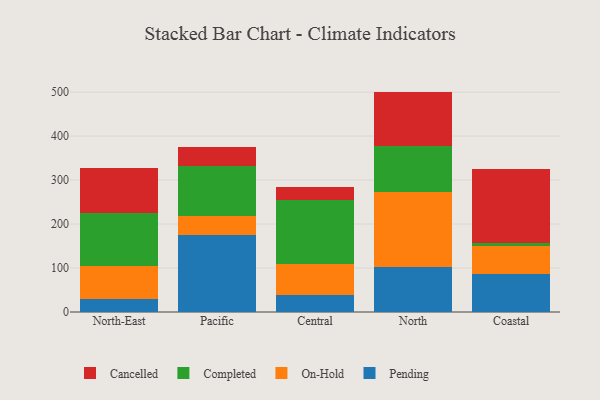
{"axis": {"x": "Region", "y": "Page Views"}, "legend": ["Cancelled", "Completed", "On-Hold", "Pending"], "data": [{"x": "North-East", "y": 28.6, "type": "Pending"}, {"x": "North-East", "y": 76.2, "type": "On-Hold"}, {"x": "North-East", "y": 120.2, "type": "Completed"}, {"x": "North-East", "y": 101.7, "type": "Cancelled"}, {"x": "Pacific", "y": 174.3, "type": "Pending"}, {"x": "Pacific", "y": 42.9, "type": "On-Hold"}, {"x": "Pacific", "y": 114.4, "type": "Completed"}, {"x": "Pacific", "y": 43.8, "type": "Cancelled"}, {"x": "Central", "y": 38.2, "type": "Pending"}, {"x": "Central", "y": 71.1, "type": "On-Hold"}, {"x": "Central", "y": 145.2, "type": "Completed"}, {"x": "Central", "y": 29.7, "type": "Cancelled"}, {"x": "North", "y": 102.0, "type": "Pending"}, {"x": "North", "y": 171.6, "type": "On-Hold"}, {"x": "North", "y": 102.8, "type": "Completed"}, {"x": "North", "y": 124.8, "type": "Cancelled"}, {"x": "Coastal", "y": 85.5, "type": "Pending"}, {"x": "Coastal", "y": 65.0, "type": "On-Hold"}, {"x": "Coastal", "y": 7.2, "type": "Completed"}, {"x": "Coastal", "y": 168.6, "type": "Cancelled"}]}